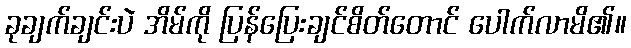
ခုချက်ချင်းပဲ အိမ်ကို ပြန်ပြေးချင်စိတ်တောင် ပေါက်လာမိ၏။